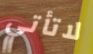
لاتأتي